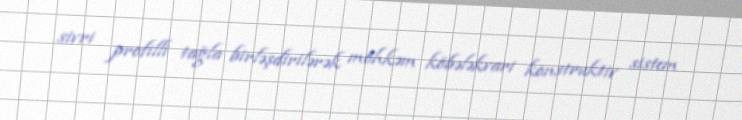
sivri profilli tağla birləşdirilərək möhkəm köbələkvari konstruktiv sistem